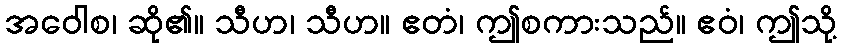
အဝေါစ၊ ဆို၏။ သီဟ၊ သီဟ။ ဧတံ၊ ဤစကားသည်။ ဧဝံ၊ ဤသို့